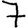
Digit: 7